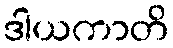
ဒါယကာတိ